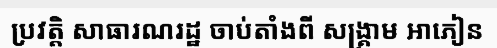
ប្រវត្តិ សាធារណរដ្ឋ ចាប់តាំងពី សង្គ្រាម អាភៀន